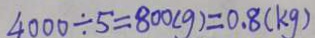
4 0 0 0 \div 5 = 8 0 0 ( g ) = 0 . 8 ( k g )